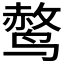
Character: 𫛿